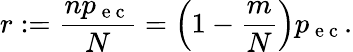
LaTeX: r:=\frac{np_{\mathrm{~e~c~}}}{N}=\left(1-\frac{m}{N}\right)p_{\mathrm{~e~c~}}.